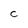
Character: C